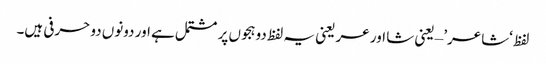
لفظ ‘شاعر’ – یعنی شا اور عر یعنی یہ لفظ دو ہجوں پر مشتمل ہے اور دونوں دو حرفی ہیں۔